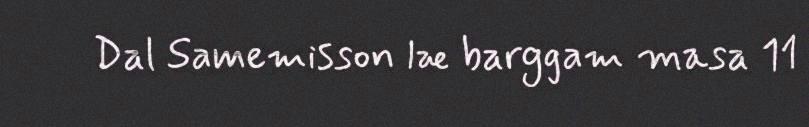
Dal Samemisson læ barggam masa 11